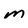
Character: M